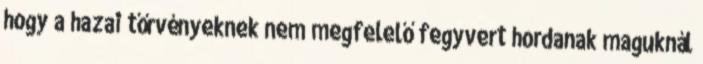
hogy a hazai tőrvényeknek nem megfelelő fegyvert hordanak maguknál